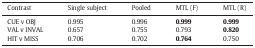
<table><thead><tr><td><b>Contrast</b></td><td><b>Single subject</b></td><td><b>Pooled</b></td><td><b>MTL (F)</b></td><td><b>MTL (R)</b></td></tr></thead><tbody><tr><td>CUE v OBJ</td><td>0.995</td><td>0.996</td><td><b>0.999</b></td><td><b>0.999</b></td></tr><tr><td>VAL v INVAL</td><td>0.657</td><td>0.755</td><td>0.793</td><td><b>0.820</b></td></tr><tr><td>HIT v MISS</td><td>0.706</td><td>0.702</td><td><b>0.764</b></td><td>0.750</td></tr></tbody></table>